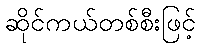
ဆိုင်ကယ်တစ်စီးဖြင့်